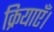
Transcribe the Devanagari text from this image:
क्रियाएँ।